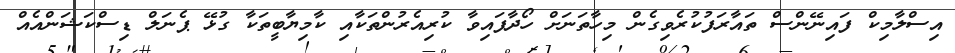
އިސްލާމިކް ފައިނޭންސް ތައާރަފުކުރެވިގެން މިހާތަނަށް ހޯދާފައިވާ ކުރިއެރުންތަކާއި ކާމިޔާބީތަކާ ގުޅޭ ޕެނަލް ޑިސްކަޝަންއެއް